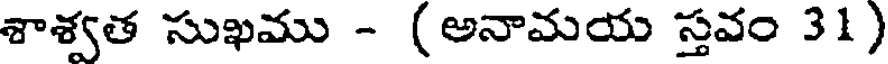
శాశ్వత సుఖము - (అనామయ స్తవం 31)